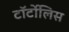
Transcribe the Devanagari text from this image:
टॉर्टोलिस